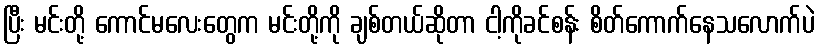
ပြီး မင်းတို့ ကောင်မလေးတွေက မင်းတို့ကို ချစ်တယ်ဆိုတာ ငါ့ကိုခင်စန်း စိတ်ကောက်နေသလောက်ပဲ